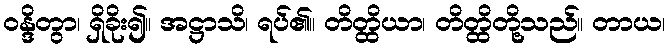
ဝန္ဒိတွာ၊ ရှိခိုး၍။ အဋ္ဌာသိ၊ ရပ်၏။ တိတ္ထိယာ၊ တိတ္ထိတို့သည်။ တာယ၊